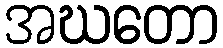
အဃတော